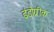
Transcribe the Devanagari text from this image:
इंंडोग्रीक